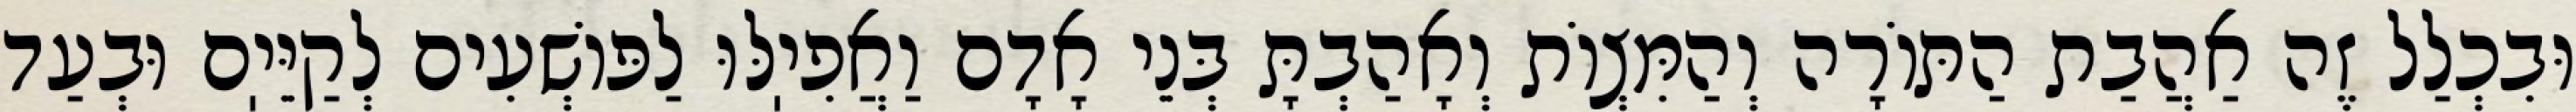
וּבִכְלַל זֶה אַהֲבַת הַתּוֹרָה וְהַמִּצְוֹת וְאָהַבְתָּ בְּנֵי אָדָם וַאֲפִיֽלּוּ לַפּוֹשְׁעִים לְקַיֵּיֽם וּבְעַד